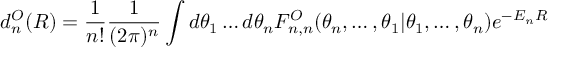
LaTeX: d _ { n } ^ { \cal O } ( R ) = \frac { 1 } { n ! } \frac { 1 } { ( 2 \pi ) ^ { n } } \int d \theta _ { 1 } \ldots d \theta _ { n } F _ { n , n } ^ { \cal O } ( \theta _ { n } , \ldots , \theta _ { 1 } | \theta _ { 1 } , \ldots , \theta _ { n } ) e ^ { - E _ { n } R } \, \, \,